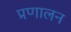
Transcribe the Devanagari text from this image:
प्रणालन